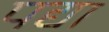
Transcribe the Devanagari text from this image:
पद्या